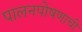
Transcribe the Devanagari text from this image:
पालनपोषणाची